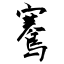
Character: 鶱